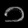
Digit: ၁